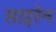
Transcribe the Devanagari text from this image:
साइरेन